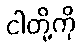
ငါတို့ကို